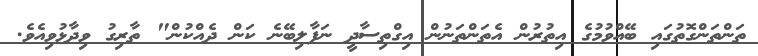
ތަންތަންގޮތުގައި ބޭއްވުމުގެ އިތުރުން އެތަންތަނުން އިގްތިސާދީ ނަފާލިބޭނެ ކަަން ދެއްކުން" ތާރިގު ވިދާޅުވިއެވެ.